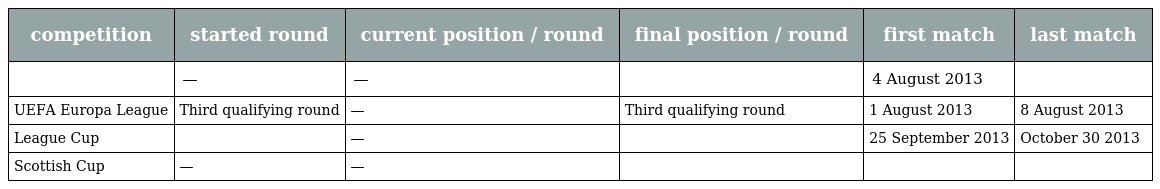
| competition | started round | current position / round | final position / round | first match | last match |
 | --- | --- | --- | --- | --- | --- |
 |  | — | — |  | 4 August 2013 |  |
 | UEFA Europa League | Third qualifying round | — | Third qualifying round | 1 August 2013 | 8 August 2013 |
 | League Cup |  | — |  | 25 September 2013 | October 30 2013 |
 | Scottish Cup | — | — |  |  |  |